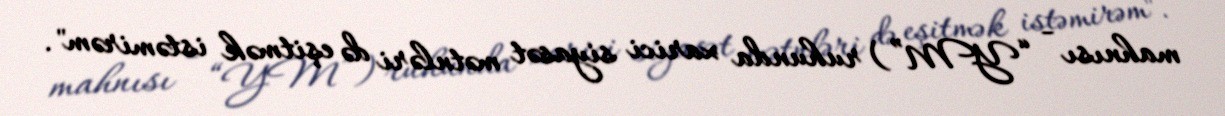
mahnısı - “YM”) ruhunda xarici siyasət mətnləri də eşitmək istəmirəm".